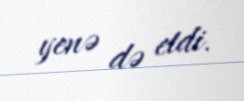
yenə də etdi.